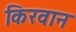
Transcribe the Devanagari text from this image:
किरवान